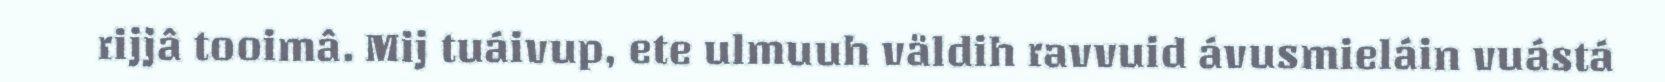
rijjâ tooimâ. Mij tuáivup, ete ulmuuh väldih ravvuid ávusmieláin vuástá